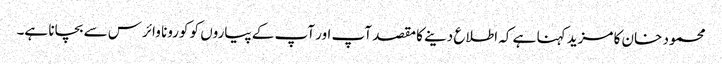
محمود خان کا مزید کہنا ہے کہ اطلاع دینے کا مقصد آپ اور آپ کے پیاروں کو کورونا وائرس سے بچانا ہے۔